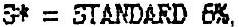
S* = STANDARD 6%,